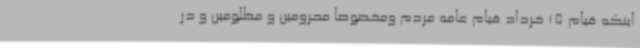
اینکه قیام 15 خرداد قیام عامه مردم ومخصوصا محرومین و مظلومین و در